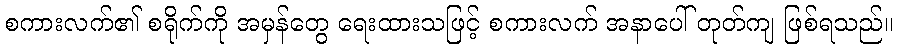
စကားလက်၏ စရိုက်ကို အမှန်တွေ ရေးထားသဖြင့် စကားလက် အနာပေါ် တုတ်ကျ ဖြစ်ရသည်။